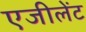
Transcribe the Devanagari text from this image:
एजीलेंट